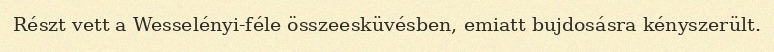
Részt vett a Wesselényi-féle összeesküvésben, emiatt bujdosásra kényszerült.